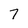
Character: 7